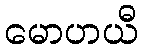
မောဟယီ